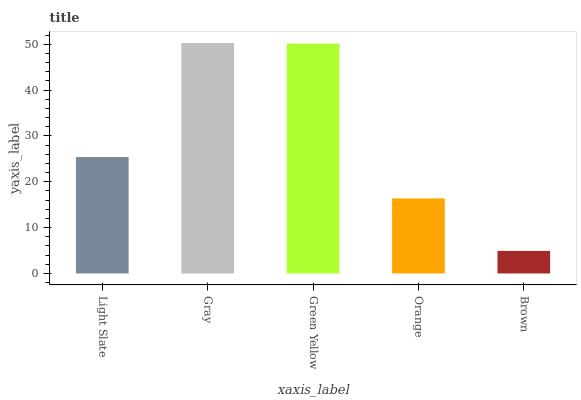
| xaxis_label | bars |
 | --- | --- |
 | Light Slate | 25.4 |
 | Gray | 50.3 |
 | Green Yellow | 50.1 |
 | Orange | 16.4 |
 | Brown | 4.92 |